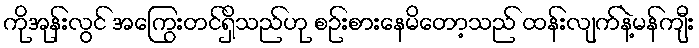
ကိုအုန်းလွင် အကြွေးတင်ရှိသည်ဟု စဉ်းစားနေမိတော့သည် ထန်းလျက်နဲ့မန်ကျီး